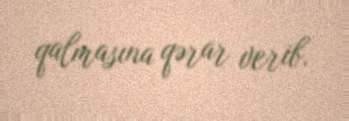
qalmasına qərar verib.